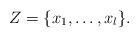
LaTeX: \begin{align*}Z = \lbrace x_1 , \ldots , x_l \rbrace .\end{align*}